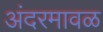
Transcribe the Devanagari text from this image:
अंदरमावळ